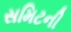
સમિટની